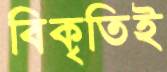
বিকৃতিই